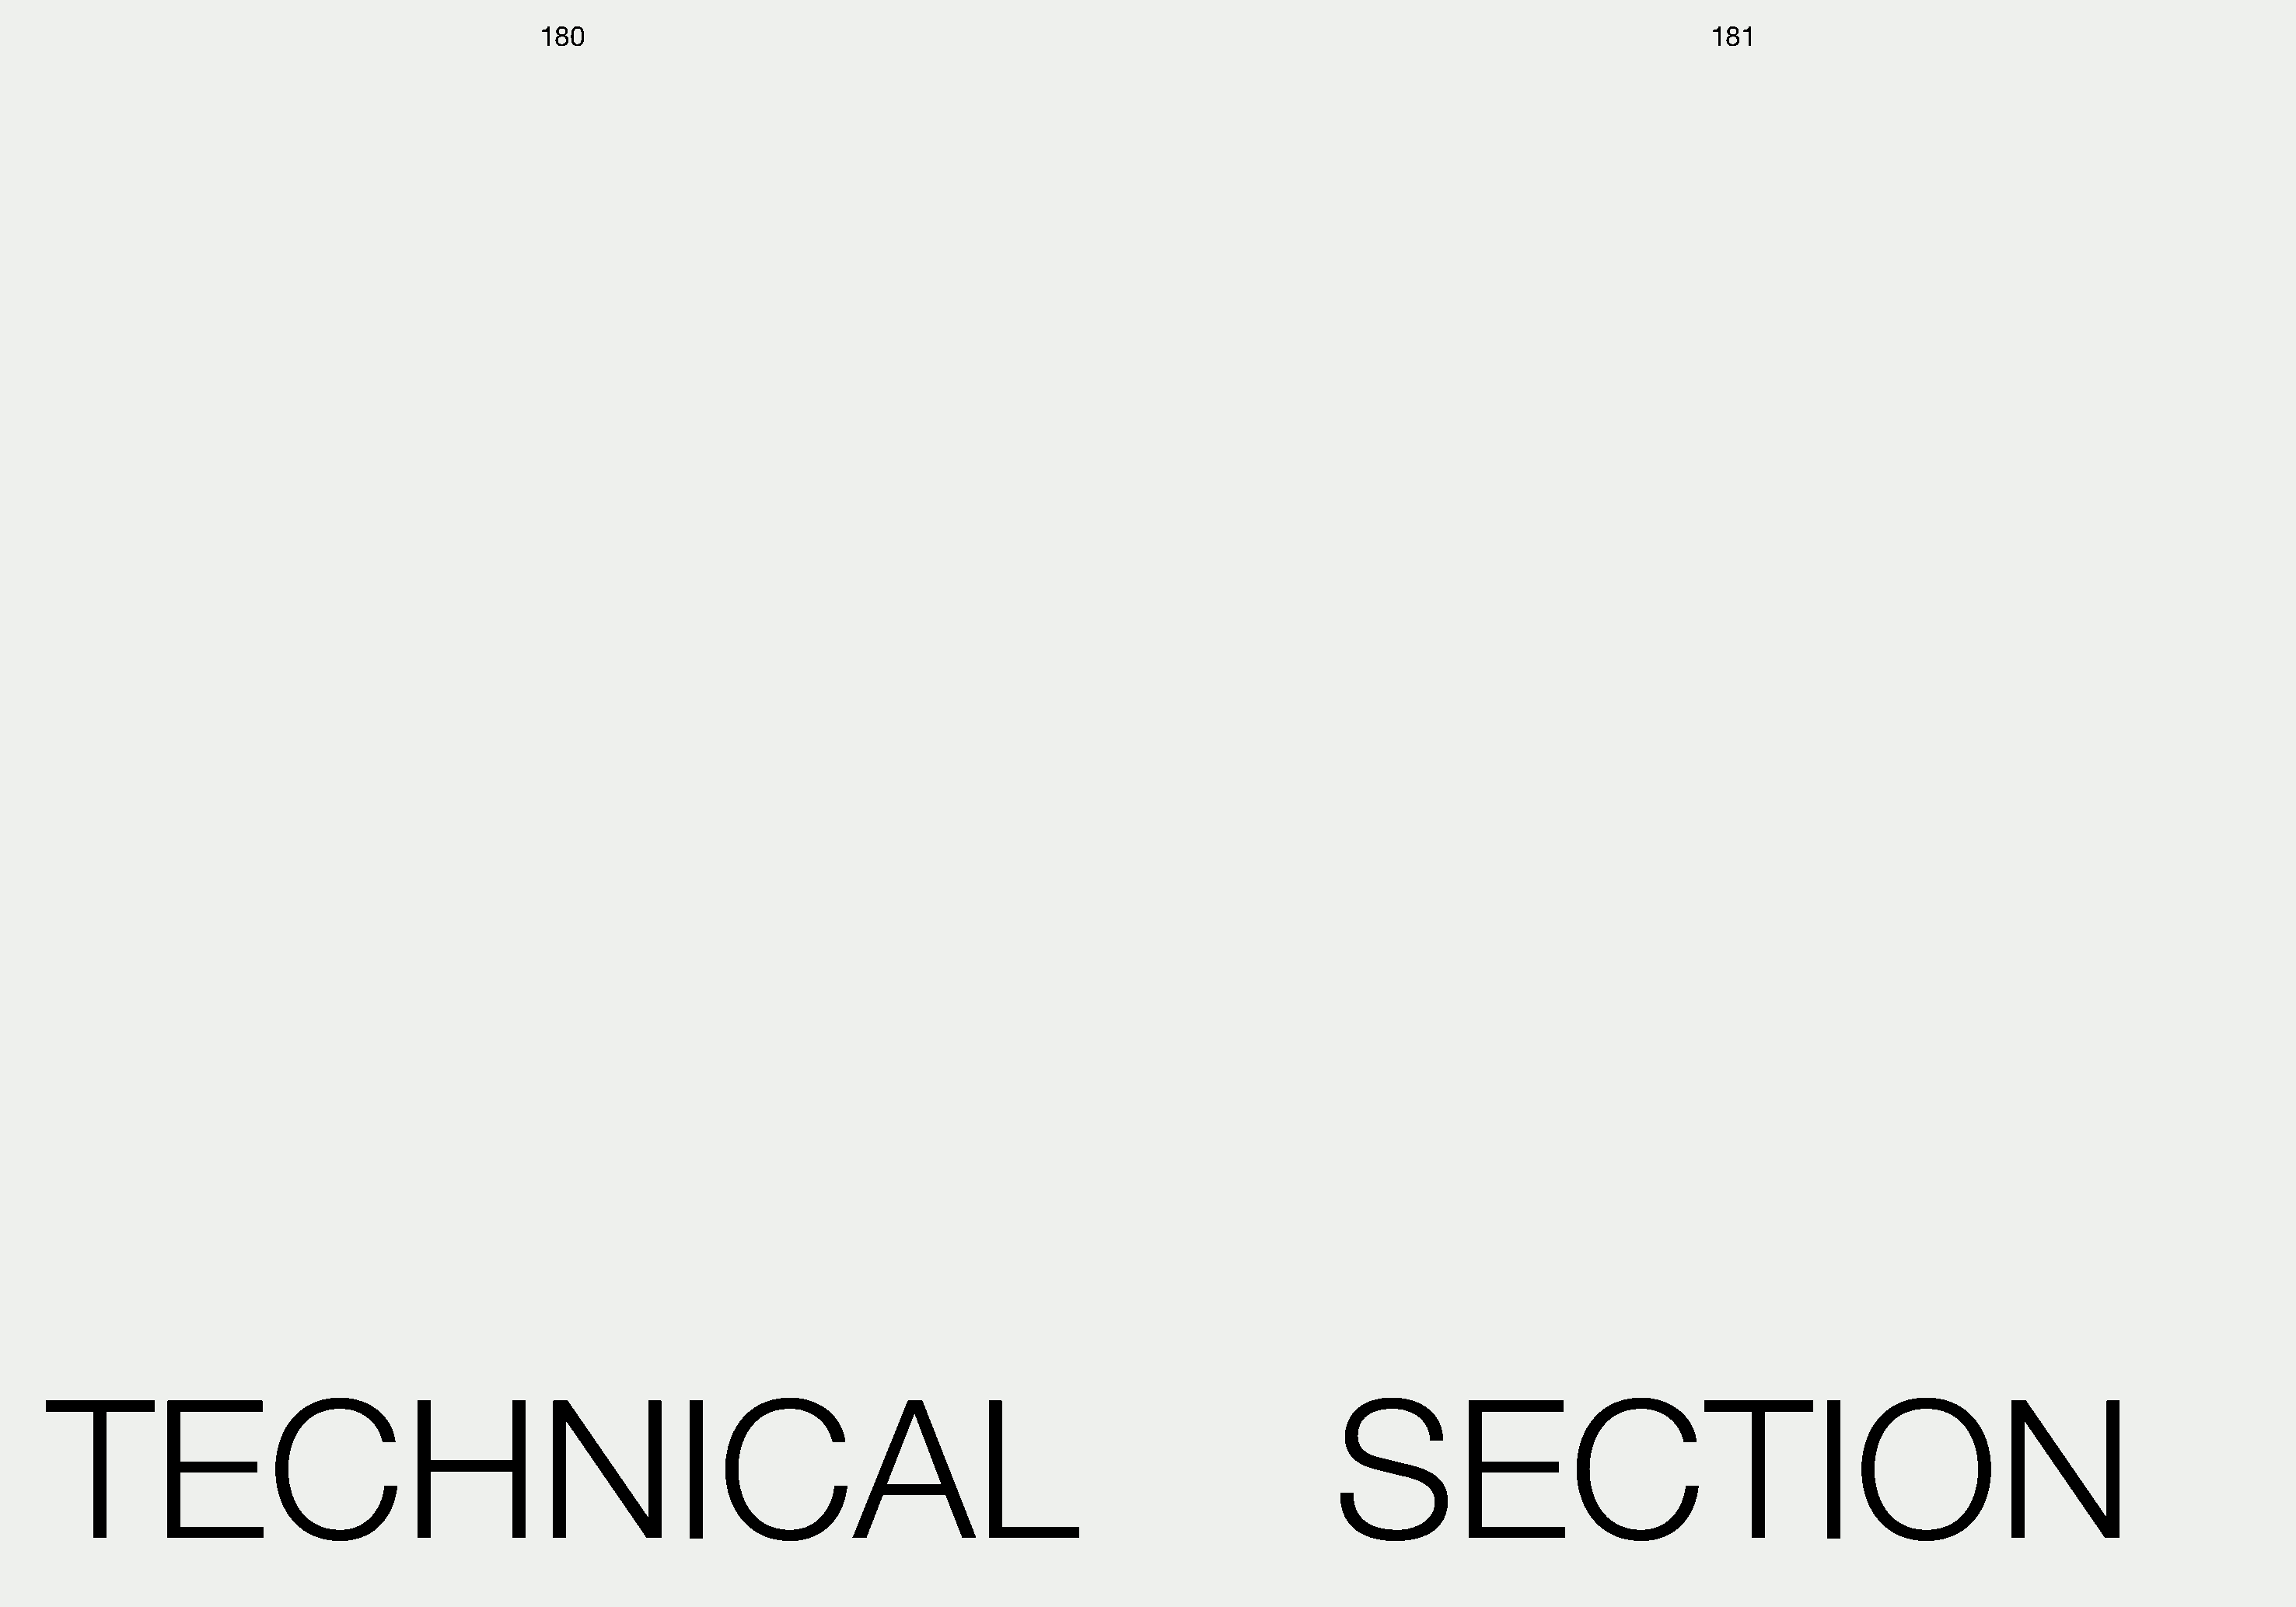
180                                                                                                 181
 TECHNICAL                                                                                                     SECTION
 180                                                                                                                                                                                     181